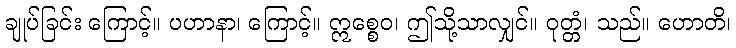
ချုပ်ခြင်း ကြောင့်။ ပဟာနာ၊ ကြောင့်။ ဣစ္စေဝ၊ ဤသို့သာလျှင်။ ဝုတ္တံ၊ သည်။ ဟောတိ၊